Lunatic asylums United Provinces 1899-1908 - 1899-1908
Year: 1899
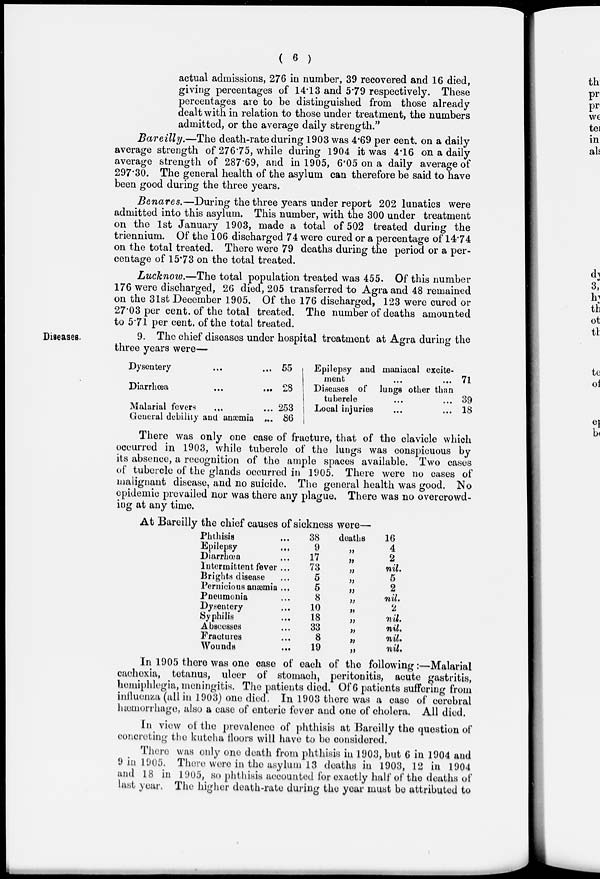
( 6 )
actual admissions, 276 in number, 39 recovered and 16 died,
giving percentages of 14.13 and 5.79 respectively. These
percentages are to be distinguished from those already
dealt with in relation to those under treatment, the numbers
admitted, or the average daily strength."
Bareilly.—The death-rate during 1903 was 4.69 per cent. on a daily
average strength of 276.75, while during 1904 it was 4.16 on a daily
average strength of 287.69, and in 1905, 6.05 on a daily average of
297.30. The general health of the asylum can therefore be said to have
been good during the three years.
Benares.—During the three years under report 202 lunatics were
admitted into this asylum. This number, with the 300 under treatment
on the 1st January 1903, made a total of 502 treated during the
triennium. Of the 106 discharged 74 were cured or a percentage of 14.74
on the total treated. There were 79 deaths during the period or a per-
centage of 15.73 on the total treated.
Lucknow.—The total population treated was 455. Of this number
176 were discharged, 26 died, 205 transferred to Agra and 48 remained
on the 31st December 1905. Of the 176 discharged, 123 were cured or
27.03 per cent. of the total treated. The number of deaths amounted
to 5.71 per cent. of the total treated.
Diseases.
9. The chief diseases under hospital treatment at Agra during the
three years were—
Dysentery ... ...
Diarrhœa
...
...
Malarial fevers ... ...
General debility and anæmia ...
55
28
253
86
Epilepsy and maniacal excite-
ment ... ...
Diseases of lungs other than
tubercle ... ...
Local injuries ... ...
71
39
18
There was only one case of fracture, that of the clavicle which
occurred in 1903, while tubercle of the lungs was conspicuous by
its absence, a recognition of the ample spaces available. Two cases
of tubercle of the glands occurred in 1905. There were no cases of
malignant disease, and no suicide. The general health was good. No
epidemic prevailed nor was there any plague. There was no overcrowd-
ing at any time.
At Bareilly the chief causes of sickness were—
Phthisis ...
Epilepsy ...
Diarrhœa ...
Intermittent fever ...
Brights disease ...
Pernicious anæmia ...
Pneumonia ...
Dysentery ...
Syphilis ...
Abscesses ...
Fractures ...
Wounds ...
38
9
17
73
5
5
8
10
18
33
8
19
deaths
„
„
„
„
„
„
„
„
„
„
„
16
4
2
nil.
5
2
nil.
2
nil.
nil.
nil.
nil.
In 1905 there was one case of each of the following :—Malarial
cachexia, tetanus, ulcer of stomach, peritonitis, acute gastritis,
hemiphlegia, meningitis. The patients died. Of 6 patients suffering from
influenza (all in 1903) one died. In 1903 there was a case of cerebral
hæmorrhage, also a case of enteric fever and one of cholera. All died.
In view of the prevalence of phthisis at Bareilly the question of
concreting the kutcha floors will have to be considered.
There was only one death from phthisis in 1903, but 6 in 1904 and
9 in 1905. There were in the asylum 13 deaths in 1903, 12 in 1904
and 18 in 1905, so phthisis accounted for exactly half of the deaths of
last year. The higher death-rate during the year must be attributed to